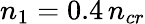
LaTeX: n_{1}=0.4\, n_{cr}